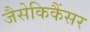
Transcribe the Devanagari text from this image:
जैसेकिकैंसर